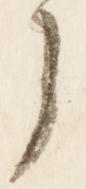
了